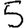
Digit: 5